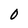
Character: 0